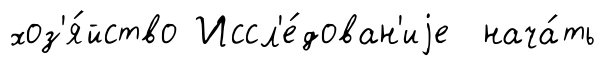
хоз'я́йство Иссл'е́дован'иjе нача́ть